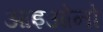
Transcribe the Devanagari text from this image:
आइओनो